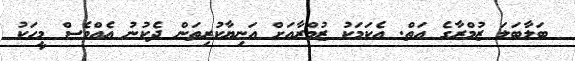
ބަލާބަލަ ޒުމްރާގެ އަތް. އެކަމަކު ޒުމްރާއަށް އަނިޔާކުރިތަން ދެކުނު އެއްވެސް މީހަކު